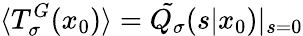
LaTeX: \langle T_{\sigma}^{G}(x_{0})\rangle=\tilde{Q_{\sigma}}(s|x_{0})|_{s=0}